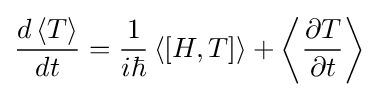
{\frac {d\left\langle T\right\rangle }{dt}}={\frac {1}{i\hbar }}\left\langle [H,T]\right\rangle +\left\langle {\frac {\partial T}{\partial t}}\right\rangle